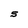
Character: S